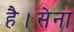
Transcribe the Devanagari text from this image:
है।सेना